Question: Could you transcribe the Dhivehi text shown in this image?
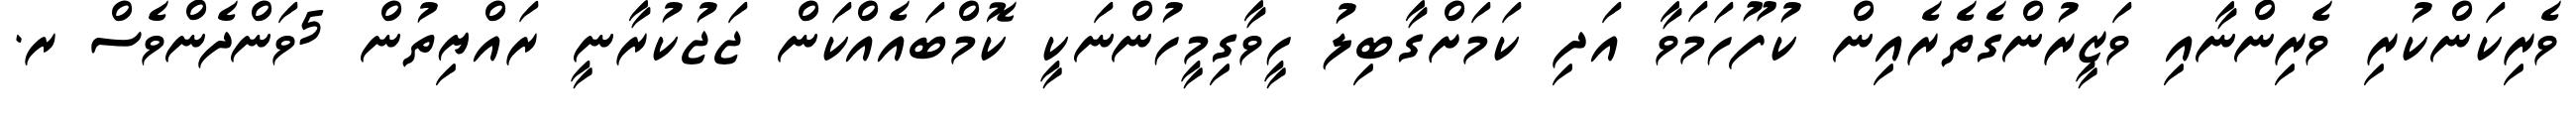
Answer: ވެރިކަންކުރި ވެރިންނާއި ވަޒީރުންގެތެރެއިން ކުފޫހަމަވާ އަދި ކަމަށްގާބިލު ހީވާގިމީހުންނަކީ ކޮމްބައެއްކަން ޖަޖުކުރާނީ ރައްޔިތުން 5ވަންދެންވެސް ރ.